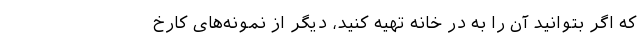
که اگر بتوانید آن را به در خانه تهیه کنید، دیگر از نمونه‌های کارخ